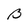
Character: B